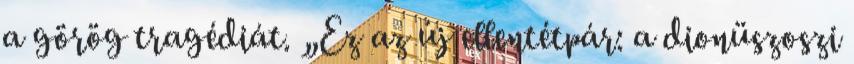
a görög tragédiát. „Ez az új ellentétpár: a dionüszoszi